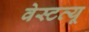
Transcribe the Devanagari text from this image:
वेस्टव्यू